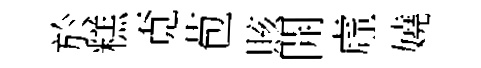
於糕覔苞賅開虛嬈